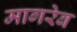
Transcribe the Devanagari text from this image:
मागरेब